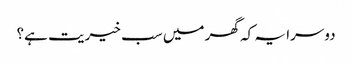
دوسرا یہ کہ گھر میں‌ سب خیریت ہے؟